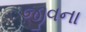
જીવના